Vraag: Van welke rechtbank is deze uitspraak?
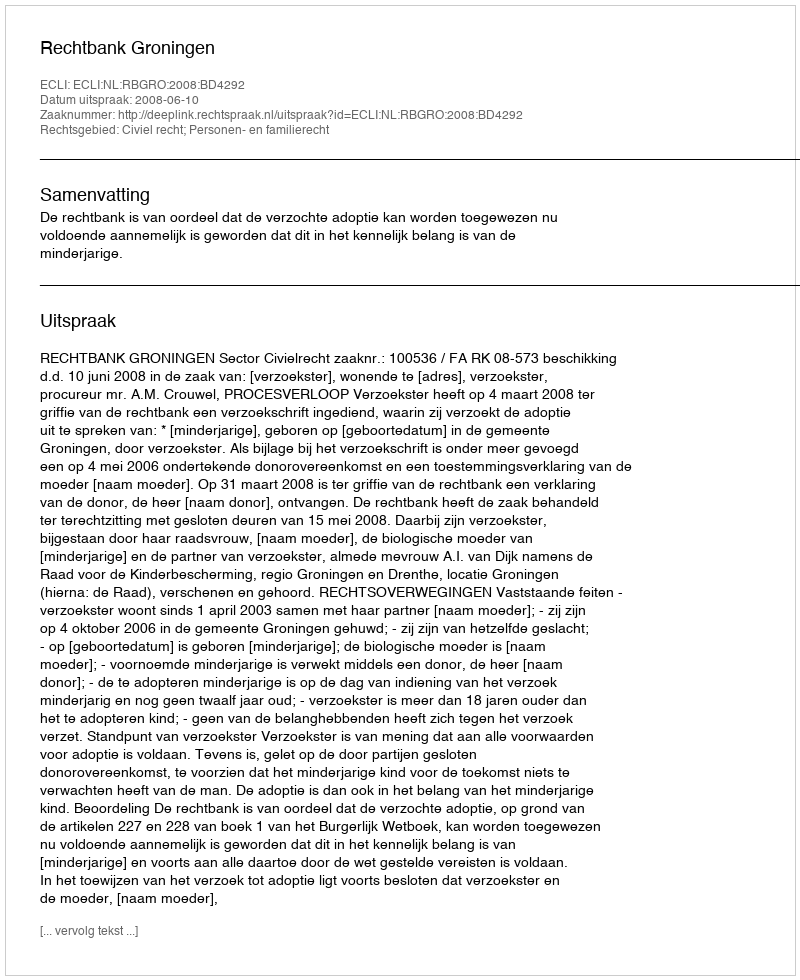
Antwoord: Rechtbank Groningen